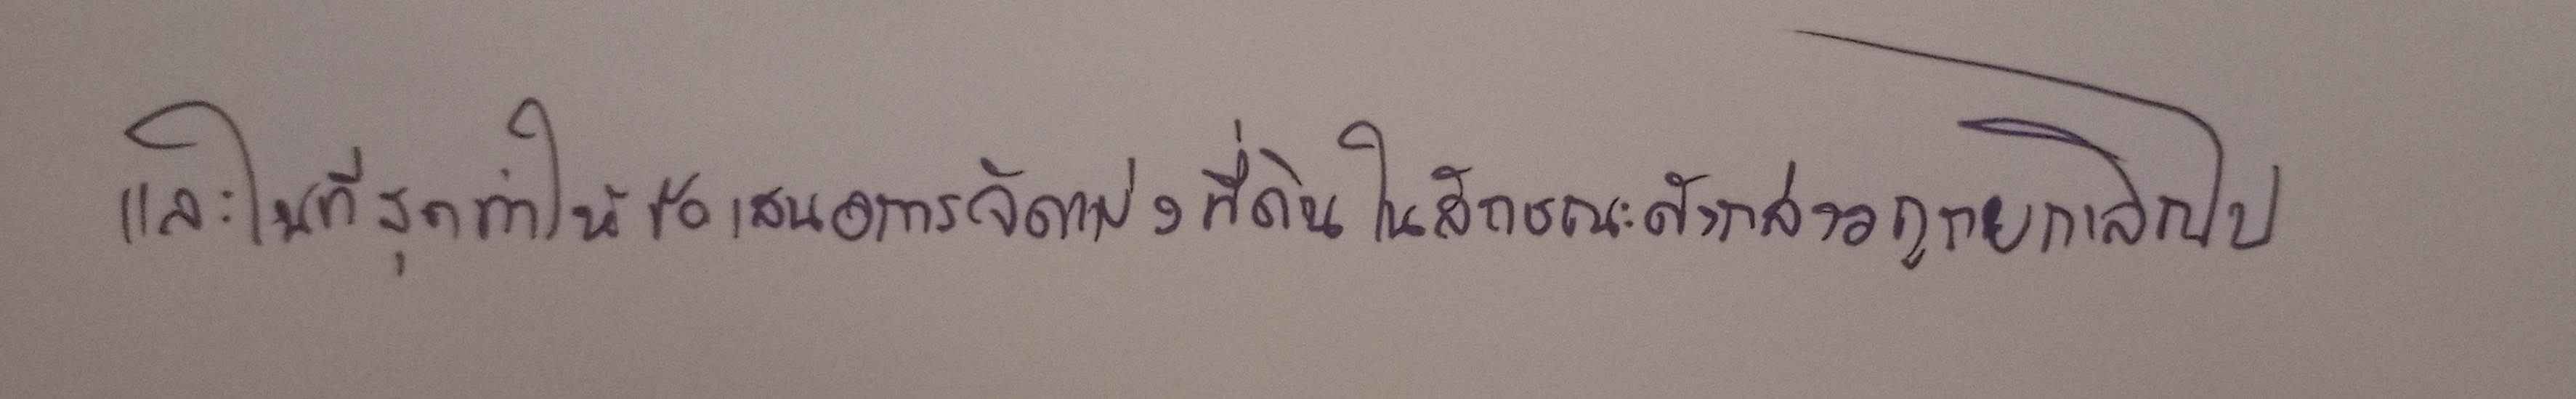
และในที่สุดทำให้ข้อเสนอการจัดแบ่งที่ดินในลักษณะดังกล่าวถูกยกเลิกไป